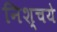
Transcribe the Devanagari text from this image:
निश्चये